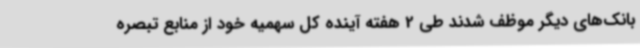
بانک‌های دیگر موظف شدند طی 2 هفته آینده کل سهمیه خود از منابع تبصره